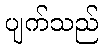
ပျက်သည်